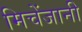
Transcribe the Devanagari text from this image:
मिचेंजानी